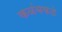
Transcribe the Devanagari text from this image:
कळंबकडे